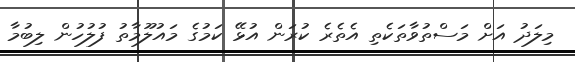
މިލަދު އަށް މަސްތުވާތަކެތި އެތެރެ ކުރަން އުޅޭ ކަމުގެ މައުލޫމާތު ފުލުހުން ލިބުމާ